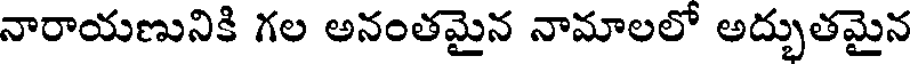
నారాయణునికి గల అనంతమైన నామాలలో అద్భుతమైన